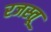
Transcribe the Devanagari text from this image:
रजस्तू